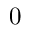
0